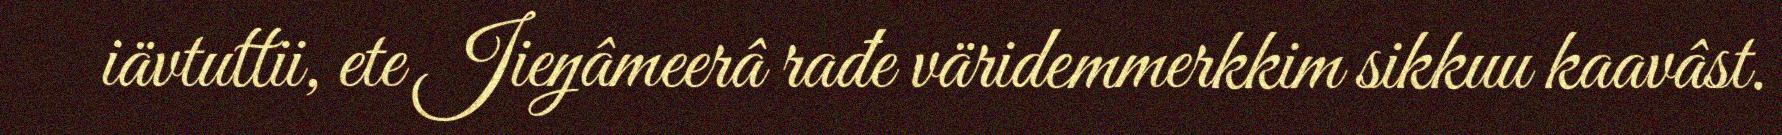
iävtuttii, ete Jieŋâmeerâ rađe väridemmerkkim sikkuu kaavâst.